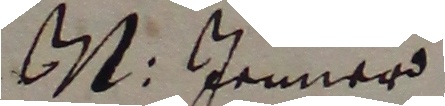
D: Jenner